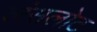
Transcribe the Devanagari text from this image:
लंसलोट